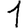
Digit: 1